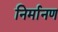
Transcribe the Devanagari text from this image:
निर्मानण